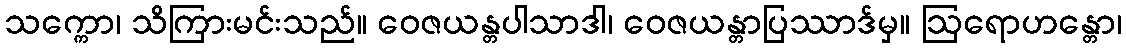
သက္ကော၊ သိကြားမင်းသည်။ ဝေဇယန္တပါသာဒါ၊ ဝေဇယန္တာပြဿာဒ်မှ။ ဩရောဟန္တော၊